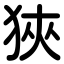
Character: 狹